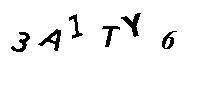
3A1TY6